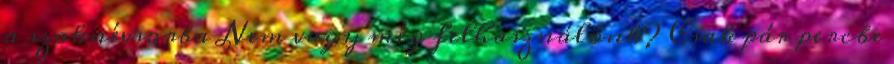
a szaknévsorba Nem vagy még felhasználónk? Csak pár percbe